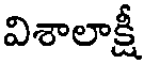
విశాలాక్షీ